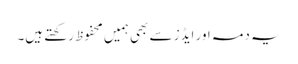
یہ دمہ اور ایڈز سے بھی ہمیں محفوظ رکھتے ہیں۔